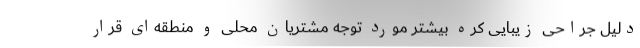
دلیل جراحی زیبایی کره بیشتر مورد توجه مشتریان محلی و منطقه‌ای قرار